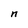
Character: n